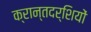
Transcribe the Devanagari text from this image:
क्रान्तदर्शियों